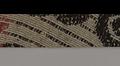
Signature authenticity: forged